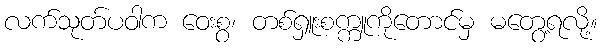
လက်သုတ်ပဝါက ဝေးစွ၊ တစ်ရှူးစက္ကူကိုတောင်မှ မတွေ့ရလို့။